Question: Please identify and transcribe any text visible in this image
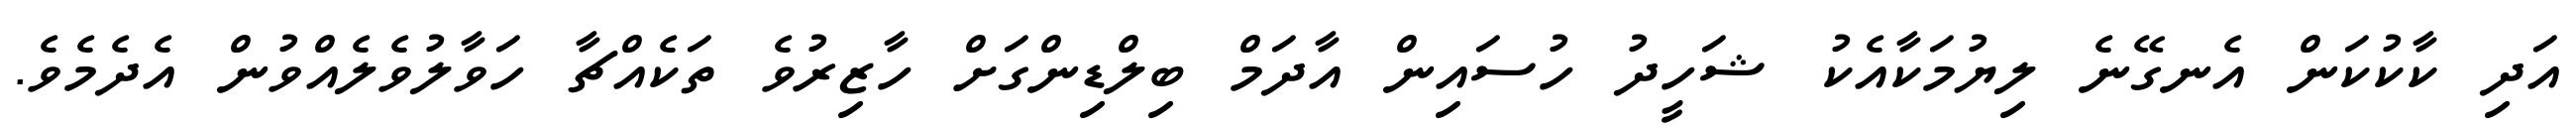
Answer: އަދި ކާކުކަން އެނގޭނެ ލިޔުމަކާއެކު ޝަހީދު ހުސައިން އާދަމް ބިލްޑިންގަށް ހާޒިރުވެ ތަކެއްޗާ ހަވާލުވެލެއްވުން އެދެމެވެ.